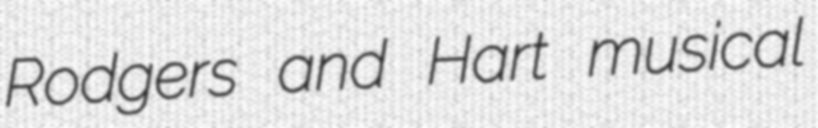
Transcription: Rodgers and Hart musical